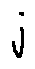
j